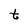
Character: t